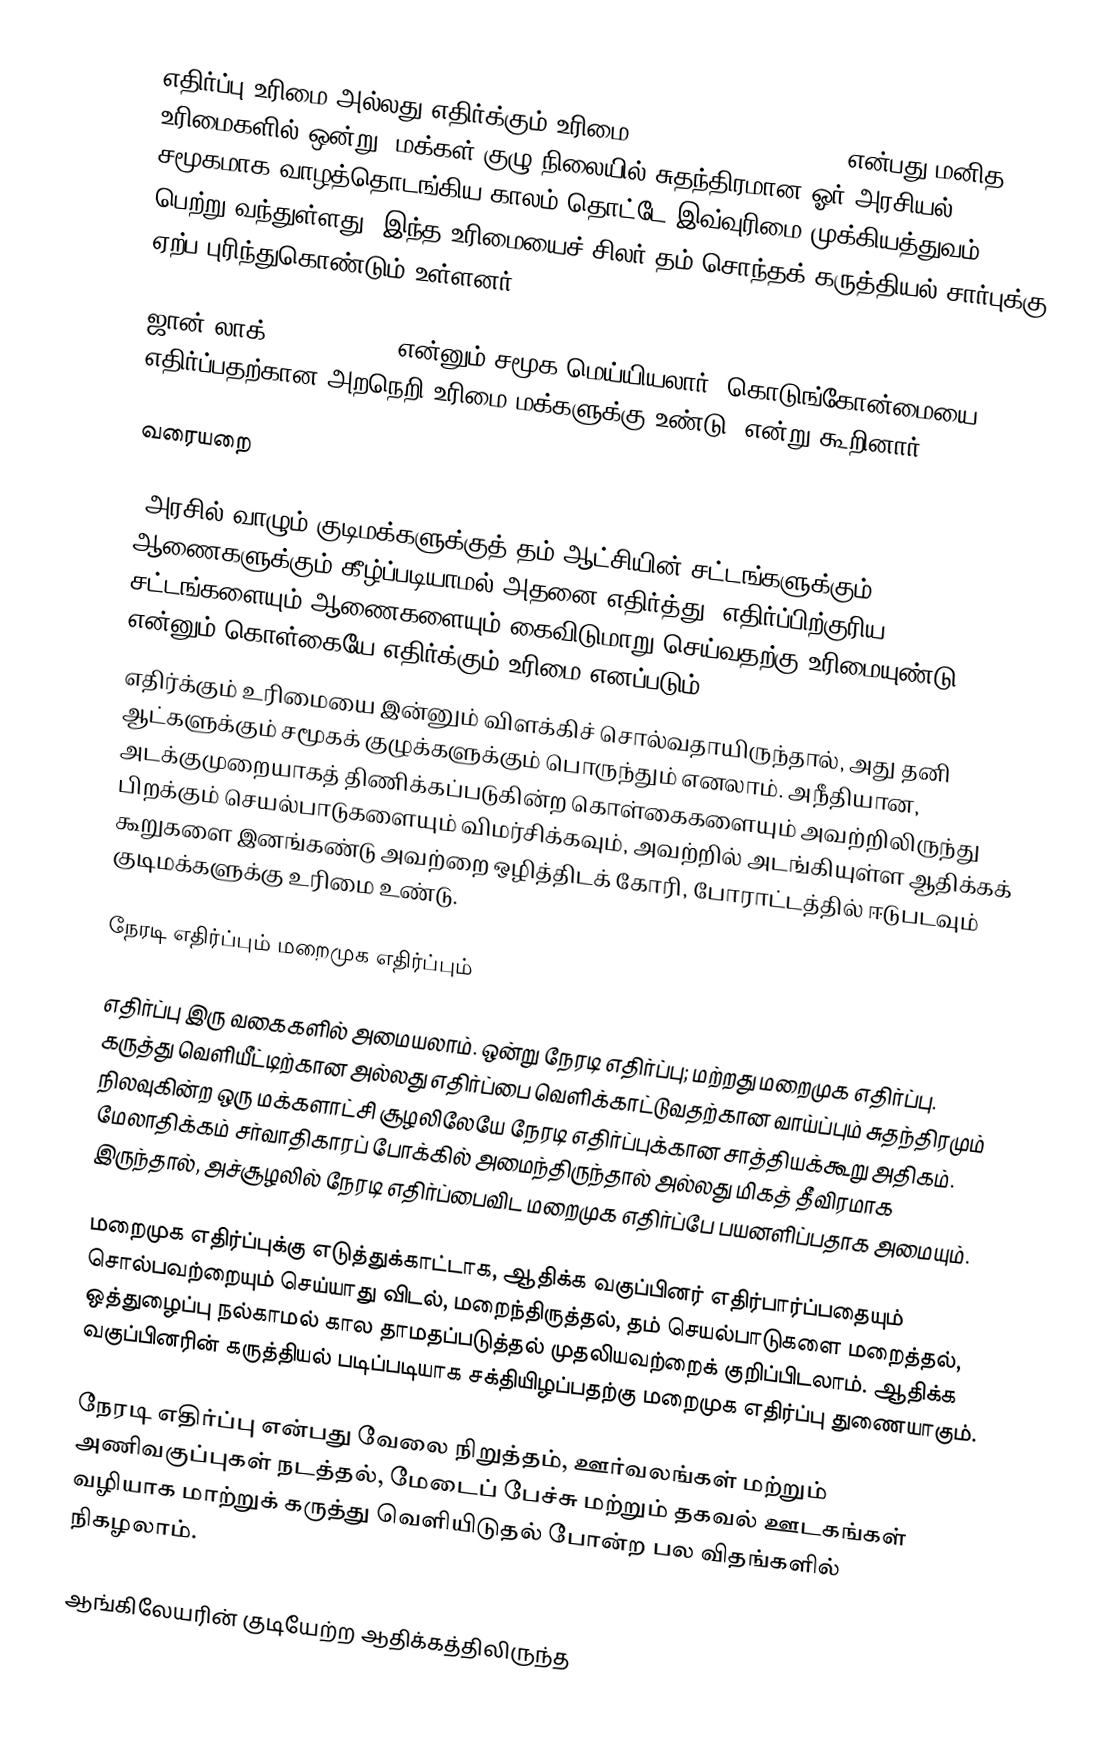
எதிர்ப்பு உரிமை அல்லது எதிர்க்கும் உரிமை (right to resistance) என்பது மனித உரிமைகளில் ஒன்று. மக்கள் குழு நிலையில் சுதந்திரமான ஓர் அரசியல் சமூகமாக வாழத்தொடங்கிய காலம் தொட்டே இவ்வுரிமை முக்கியத்துவம் பெற்று வந்துள்ளது. இந்த உரிமையைச் சிலர் தம் சொந்தக் கருத்தியல் சார்புக்கு ஏற்ப புரிந்துகொண்டும் உள்ளனர்.

ஜான் லாக் (John Locke) என்னும் சமூக மெய்யியலார் "கொடுங்கோன்மையை எதிர்ப்பதற்கான அறநெறி உரிமை மக்களுக்கு உண்டு" என்று கூறினார்.

வரையறை

"அரசில் வாழும் குடிமக்களுக்குத் தம் ஆட்சியின் சட்டங்களுக்கும் ஆணைகளுக்கும் கீழ்ப்படியாமல் அதனை எதிர்த்து, எதிர்ப்பிற்குரிய சட்டங்களையும் ஆணைகளையும் கைவிடுமாறு செய்வதற்கு உரிமையுண்டு என்னும் கொள்கையே எதிர்க்கும் உரிமை எனப்படும்."
எதிர்க்கும் உரிமையை இன்னும் விளக்கிச் சொல்வதாயிருந்தால், அது தனி ஆட்களுக்கும் சமூகக் குழுக்களுக்கும் பொருந்தும் எனலாம். அநீதியான, அடக்குமுறையாகத் திணிக்கப்படுகின்ற கொள்கைகளையும் அவற்றிலிருந்து பிறக்கும் செயல்பாடுகளையும் விமர்சிக்கவும், அவற்றில் அடங்கியுள்ள ஆதிக்கக் கூறுகளை இனங்கண்டு அவற்றை ஒழித்திடக் கோரி, போராட்டத்தில் ஈடுபடவும் குடிமக்களுக்கு உரிமை உண்டு.

நேரடி எதிர்ப்பும் மறைமுக எதிர்ப்பும்

எதிர்ப்பு இரு வகைகளில் அமையலாம். ஒன்று நேரடி எதிர்ப்பு; மற்றது மறைமுக எதிர்ப்பு. கருத்து வெளியீட்டிற்கான அல்லது எதிர்ப்பை வெளிக்காட்டுவதற்கான வாய்ப்பும் சுதந்திரமும் நிலவுகின்ற ஒரு மக்களாட்சி சூழலிலேயே நேரடி எதிர்ப்புக்கான சாத்தியக்கூறு அதிகம். மேலாதிக்கம் சர்வாதிகாரப் போக்கில் அமைந்திருந்தால் அல்லது மிகத் தீவிரமாக இருந்தால், அச்சூழலில் நேரடி எதிர்ப்பைவிட மறைமுக எதிர்ப்பே பயனளிப்பதாக அமையும்.

மறைமுக எதிர்ப்புக்கு எடுத்துக்காட்டாக, ஆதிக்க வகுப்பினர் எதிர்பார்ப்பதையும் சொல்பவற்றையும் செய்யாது விடல், மறைந்திருத்தல், தம் செயல்பாடுகளை மறைத்தல், ஒத்துழைப்பு நல்காமல் கால தாமதப்படுத்தல் முதலியவற்றைக் குறிப்பிடலாம். ஆதிக்க வகுப்பினரின் கருத்தியல் படிப்படியாக சக்தியிழப்பதற்கு மறைமுக எதிர்ப்பு துணையாகும்.

நேரடி எதிர்ப்பு என்பது வேலை நிறுத்தம், ஊர்வலங்கள் மற்றும் அணிவகுப்புகள் நடத்தல், மேடைப் பேச்சு மற்றும் தகவல் ஊடகங்கள் வழியாக மாற்றுக் கருத்து வெளியிடுதல் போன்ற பல விதங்களில் நிகழலாம்.

ஆங்கிலேயரின் குடியேற்ற ஆதிக்கத்திலிருந்த